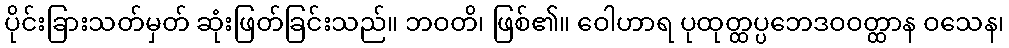
ပိုင်းခြားသတ်မှတ် ဆုံးဖြတ်ခြင်းသည်။ ဘဝတိ၊ ဖြစ်၏။ ဝေါဟာရ ပုထုတ္ထပ္ပဘေဒဝဝတ္ထာန ဝသေန၊